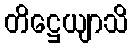
တိဋ္ဌေယျာသိ